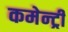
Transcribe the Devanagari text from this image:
कमेन्ट्री